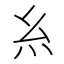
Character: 糹